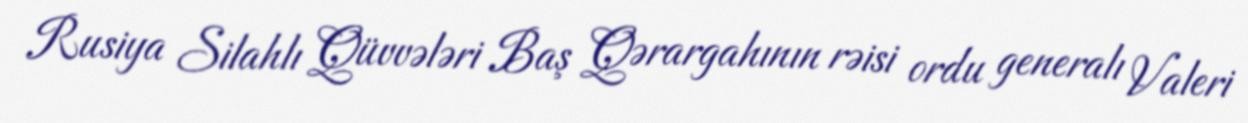
Rusiya Silahlı Qüvvələri Baş Qərargahının rəisi ordu generalı Valeri